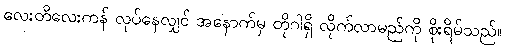
လေးတိလေးကန် လုပ်နေလျှင် အနောက်မှ တိုဂါရှိ လိုက်လာမည်ကို စိုးရိမ်သည်။